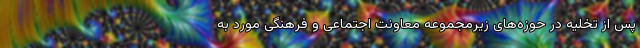
پس از تخلیه در حوزه‌های زیرمجموعه معاونت اجتماعی و فرهنگی مورد به